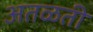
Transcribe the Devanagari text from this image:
अतळती